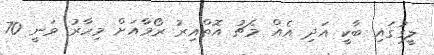
ލީގުގައި ބާކީ އަދި އެއް މެޗު އޮތްއިރު ރޯމާއަށް މިހާރު ވަނީ 70